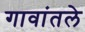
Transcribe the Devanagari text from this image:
गावांतले